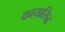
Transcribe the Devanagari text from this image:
कायासिद्ध